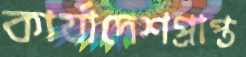
কার্যাদেশপ্রাপ্ত